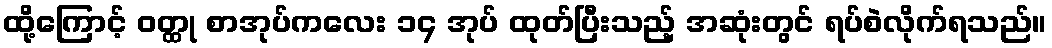
ထို့ကြောင့် ဝတ္ထု စာအုပ်ကလေး ၁၄ အုပ် ထုတ်ပြီးသည့် အဆုံးတွင် ရပ်စဲလိုက်ရသည်။